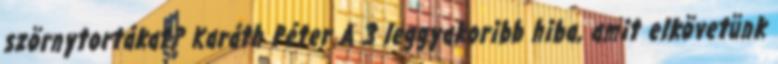
szörnytortákat? Karáth Péter A 3 leggyakoribb hiba, amit elkövetünk